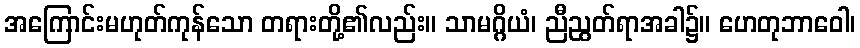
အကြောင်းမဟုတ်ကုန်သော တရားတို့၏လည်း။ သာမဂ္ဂိယံ၊ ညီညွတ်ရာအခါ၌။ ဟေတုဘာဝေါ၊